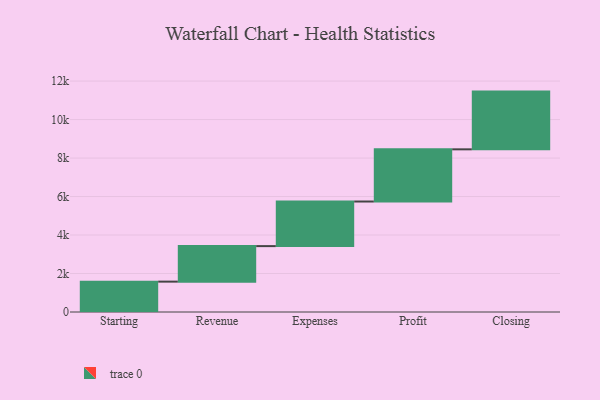
{"axis": {"x": "Step", "y": "Value"}, "legend": [""], "data": [{"x": "Starting", "y": 1578.0, "type": ""}, {"x": "Revenue", "y": 1846.0, "type": ""}, {"x": "Expenses", "y": 2317.0, "type": ""}, {"x": "Profit", "y": 2712.0, "type": ""}, {"x": "Closing", "y": 3000, "type": ""}]}